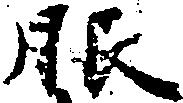
服